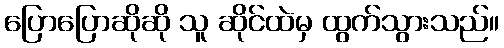
ပြောပြောဆိုဆို သူ ဆိုင်ထဲမှ ထွက်သွားသည်။